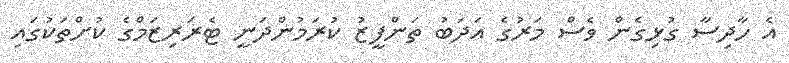
އެ ހާދިސާ ގުޅިގެން ވެސް މަރުގެ އަދަބު ތަންފީޒު ކުރަމުންދަނީ ޓެރަރިޒަމްގެ ކުށްތަކުގައި